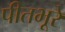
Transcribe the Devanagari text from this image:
पीतभूरे